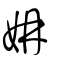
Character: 姌